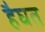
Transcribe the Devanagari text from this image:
हैघत